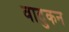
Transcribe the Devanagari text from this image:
वादुकन